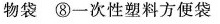
物袋⑧-次性塑料方便袋